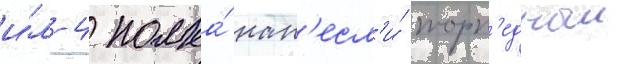
и́л-4 полка́ нан'есл'и́ торп'едныи